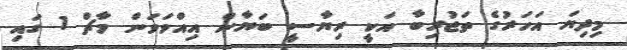
މިދިޔަ އަހަރުގެ ތަޖުރިބާ އަކީ ރިޔާސީ ބަޔާން އިއްވަވަން މާޗް 1 ގައި